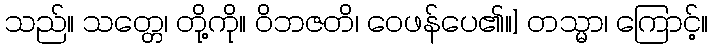
သည်။ သတ္တေ၊ တို့ကို။ ဝိဘဇတိ၊ ဝေဖန်ပေ၏။] တသ္မာ၊ ကြောင့်။